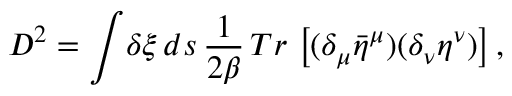
D ^ { 2 } = \int \! \delta \xi \, d s \, { \frac { 1 } { 2 \beta } } \, T r \, \left[ ( \delta _ { \mu } { \bar { \eta } } ^ { \mu } ) ( \delta _ { \nu } \eta ^ { \nu } ) \right] ,